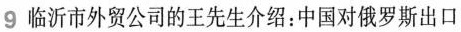
9 临沂市外贸公司的王先生介绍：中国对俄罗斯出口